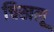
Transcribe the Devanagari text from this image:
चिखलू